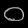
Digit: ၀